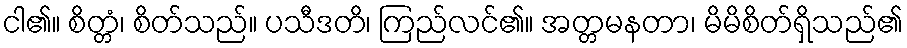
ငါ၏။ စိတ္တံ၊ စိတ်သည်။ ပသီဒတိ၊ ကြည်လင်၏။ အတ္တမနတာ၊ မိမိစိတ်ရှိသည်၏